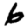
Digit: 6